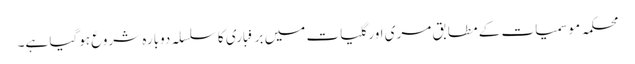
محکمہ موسمیات کے مطابق مری اور گلیات میں برفباری کا سلسلہ دوبارہ شروع ہوگیا ہے۔